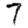
Digit: 7